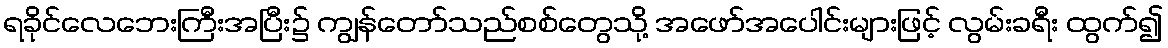
ရခိုင်လေဘေးကြီးအပြီး၌ ကျွန်တော်သည်စစ်တွေသို့ အဖော်အပေါင်းများဖြင့် လွမ်းခရီး ထွက်၍